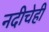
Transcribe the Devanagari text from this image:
नदीचेही